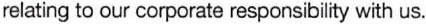
relating to our corporate responsibility with us.